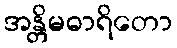
အန္တိမဓာရိတော